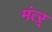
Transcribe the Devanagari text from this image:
मंत्ऱ्